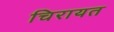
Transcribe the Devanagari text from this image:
चिरायत